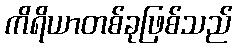
ကိရိယာတစ်ခုဖြစ်သည်